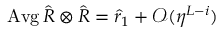
\operatorname { A v g } \hat { R } \otimes \hat { R } = \hat { r } _ { 1 } + \mathcal { O } ( \eta ^ { L - i } )